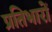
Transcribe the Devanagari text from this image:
प्रतिभारों